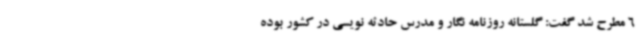
6 مطرح شد گفت: گلستانه روزنامه نگار و مدرس حادثه نویسی در کشور بوده